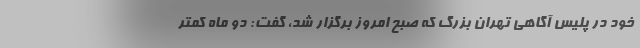
خود در پلیس آگاهی تهران بزرگ که صبح امروز برگزار شد، گفت: دو ماه کمتر